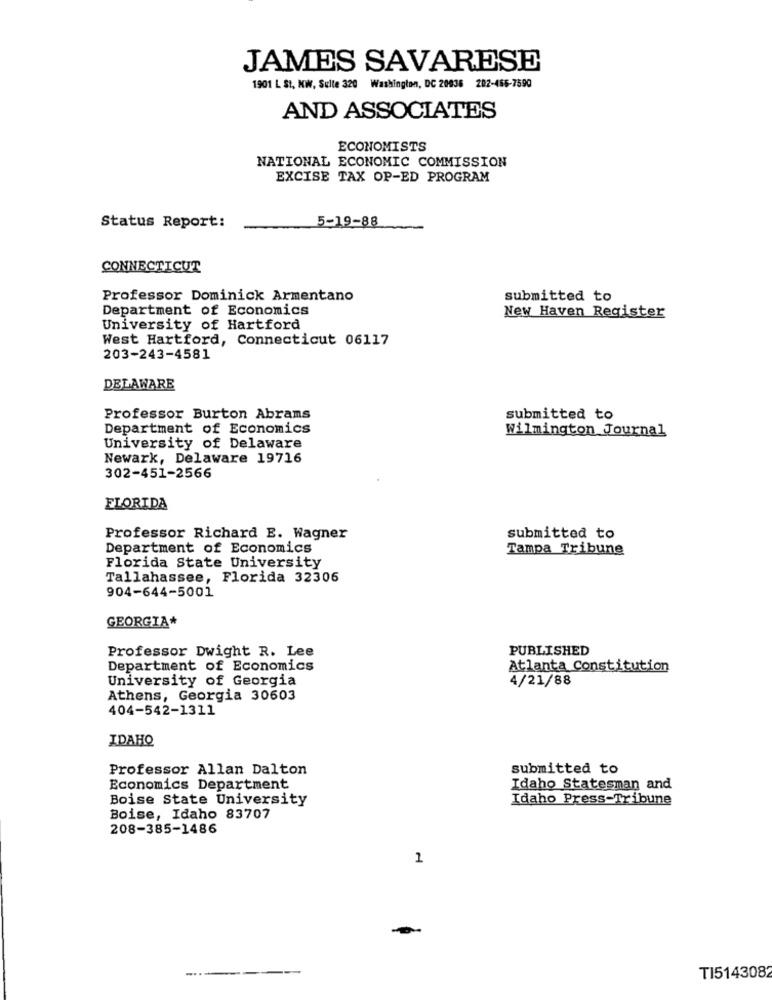
JAMES SAVARESE
1901 L St, KW, Sulle 320 Washington, DC 20036 202-466-7590
AND ASSOCIATES
ECONOMISTS
NATIONAL ECONOMIC COMMISSION
EXCISE TAX OP-ED PROGRAM
5-19-88
Status Report:
CONNECTICUT
Professor Dominick Armentano
submitted to
Department of Economics
New Haven Register
University of Hartford
West Hartford, Connecticut 06117
203-243-4581
DELAWARE
Professor Burton Abrams
submitted to
Department of Economics
Wilmington Journal
University of Delaware
Newark, Delaware 19716
302-451-2566
FLORIDA
Professor Richard E. Wagner
submitted to
Department of Economics
Tampa Tribune
Florida State University
Tallahassee, Florida 32306
904-644-5001
GEORGIA*
PUBLISHED
Professor Dwight R. Lee
Department of Economics
Atlanta Constitution
University of Georgia
4/21/88
Athens, Georgia 30603
404-542-1311
IDAHO
Professor Allan Dalton
submitted to
Economics Department
Idaho Statesman and
Boise State University
Idaho Press-Tribune
Boise, Idaho 83707
208-385-1486
1
--
TI514308